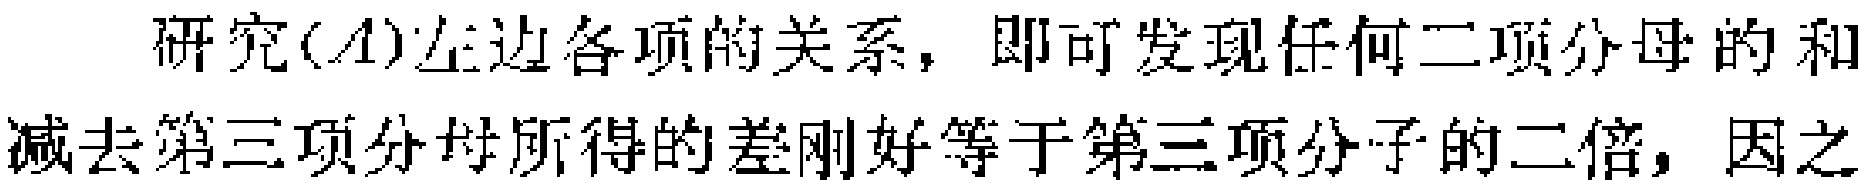
研究(A)左边各项的关系，即可发现任何二项分母的和减去第三项分母所得的差刚好等于第三项分子的二倍，因之